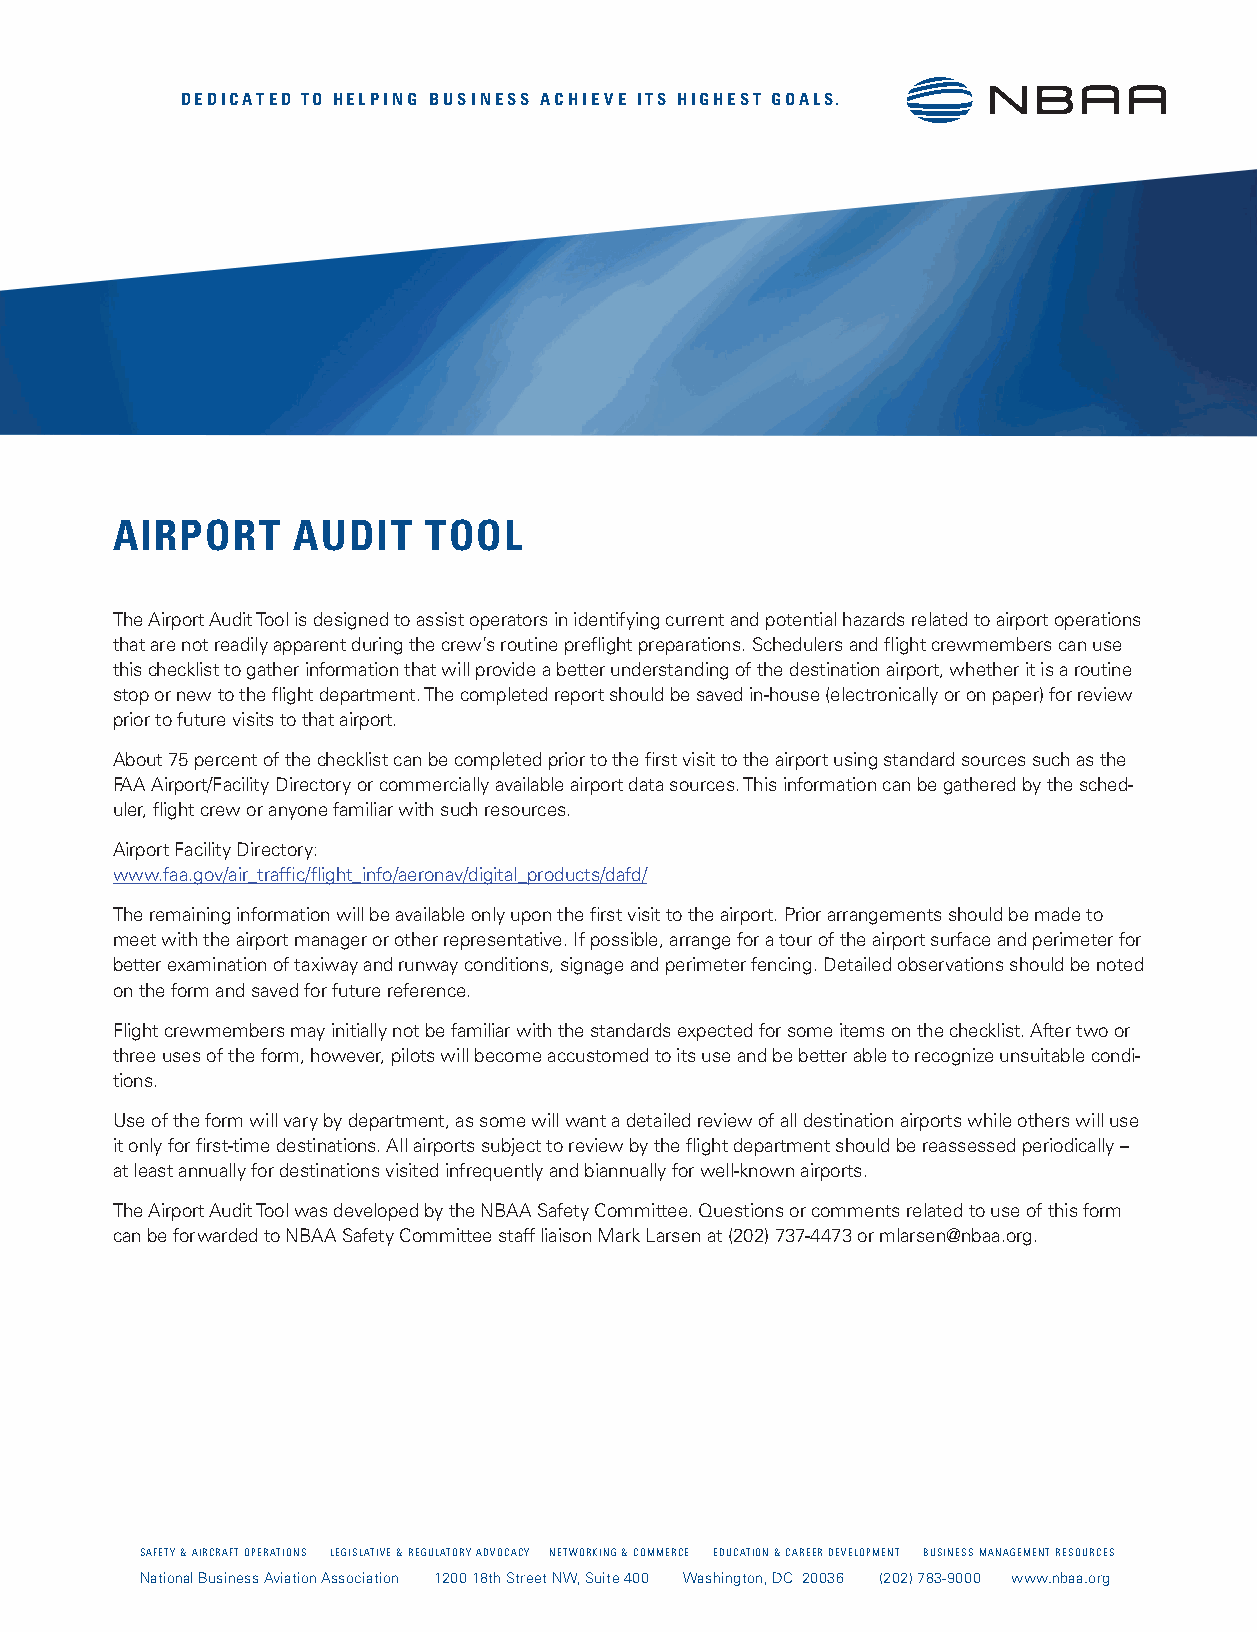
DEDICATED TO HELPING BUSINESS ACHIEVE ITS HIGHEST GOALS.
 AIRPORT     AUDIT    TOOL
 The Airport Audit Tool is designed to assist operators in identifying current and potential hazards related to airport operations
 that are not readily apparent during the crew’s routine preflight preparations. Schedulers and flight crewmembers can use
 this checklist to gather information that will provide a better understanding of the destination airport, whether it is a routine
 stop or new to the flight department. The completed report should be saved in-house (electronically or on paper) for review
 prior to future visits to that airport.
 About 75 percent of the checklist can be completed prior to the first visit to the airport using standard sources such as the
 FAA Airport/Facility Directory or commercially available airport data sources. This information can be gathered by the sched-
 uler, flight crew or anyone familiar with such resources.
 Airport Facility Directory:
 www.faa.gov/air_traffic/flight_info/aeronav/digital_products/dafd/
 The remaining information will be available only upon the first visit to the airport. Prior arrangements should be made to
 meet with the airport manager or other representative. If possible, arrange for a tour of the airport surface and perimeter for
 better examination of taxiway and runway conditions, signage and perimeter fencing. Detailed observations should be noted
 on the form and saved for future reference.
 Flight crewmembers may initially not be familiar with the standards expected for some items on the checklist. After two or
 three uses of the form, however, pilots will become accustomed to its use and be better able to recognize unsuitable condi-
 tions.
 Use of the form will vary by department, as some will want a detailed review of all destination airports while others will use
 it only for first-time destinations. All airports subject to review by the flight department should be reassessed periodically –
 at least annually for destinations visited infrequently and biannually for well-known airports.
 The Airport Audit Tool was developed by the NBAA Safety Committee. Questions or comments related to use of this form
 can be forwarded to NBAA Safety Committee staff liaison Mark Larsen at (202) 737-4473 or mlarsen@nbaa.org.
 SAFETY & AIRCRAFT OPERATIONS LEGISLATIVE & REGULATORY ADVOCACY NETWORKING & COMMERCE EDUCATION & CAREER DEVELOPMENT BUSINESS MANAGEMENT RESOURCES
 National Business Aviation Association 1200 18th Street NW, Suite 400 Washington, DC 20036 (202) 783-9000 www.nbaa.org
 PIHSREBMEM
 AABN